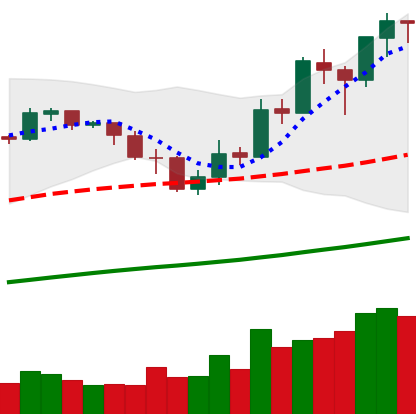
Ticker: BNB-USD
Chart end date: 2019-05-20
Forward return: 19.613%
Label: up_7plus